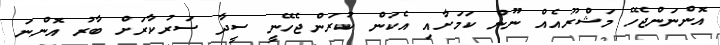
އޮންނަންޖެހޭ މަޝްރޫއެއް ނޫން ކަމަށާއި އެކަން ކުރަންޖެހޭނީ ސީދާ ސަރުކާރަށް ބާރު އޮންނަ